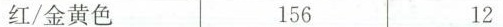
红/金黄色 156 12